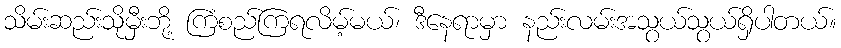
သိမ်းဆည်းသိုမှီးဘို့ ကြံစည်ကြရလိမ့်မယ်၊ ဒီနေရာမှာ နည်းလမ်းအသွယ်သွယ်ရှိပါတယ်။